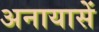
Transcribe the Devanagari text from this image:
अनायासें